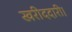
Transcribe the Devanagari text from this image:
खरीददारी।